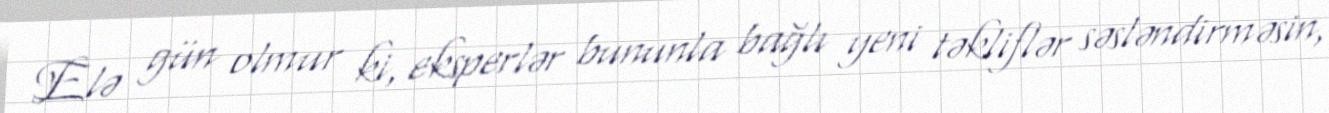
Elə gün olmur ki, eksperlər bununla bağlı yeni təkliflər səsləndirməsin,